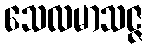
သေလမာသဇ္ဇ